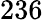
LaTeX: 236